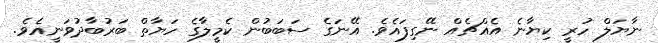
ނާޔަލް ހުރީ ކިޔާނެ އެއްޗެއް ނޭގިފައެވެ. އޭނަގެ ސަބަބުން ކެމީލާގެ ހަޔާތް ބަރުބާދުވަނީއެވެ.